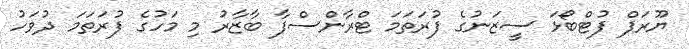
ޔޫރަޕް ފުޓްބޯޅަ ސީޒަނުގެ ފުރަތަމަ ޓްރާންސްފާ ބާޒާރު މި މަހުގެ ފުރަތަމަ ދުވަހު